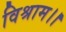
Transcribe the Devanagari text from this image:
विश्राम।।